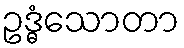
ဥဒ္ဓံသောတာ